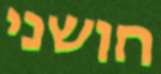
חושני